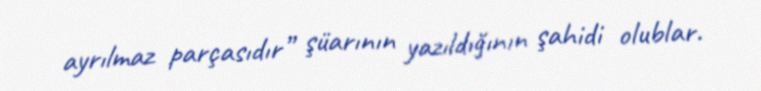
ayrılmaz parçasıdır” şüarının yazıldığının şahidi olublar.